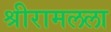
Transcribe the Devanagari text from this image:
श्रीरामलला